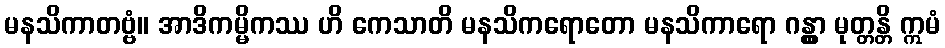
မနသိကာတဗ္ဗံ။ အာဒိကမ္မိကဿ ဟိ ကေသာတိ မနသိကရောတော မနသိကာရော ဂန္တွာ မုတ္တန္တိ ဣမံ